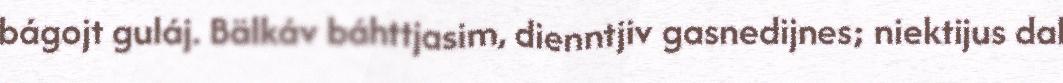
bágojt guláj. Bälkáv báhttjasim, dienntjiv gasnedijnes; niektijus dal